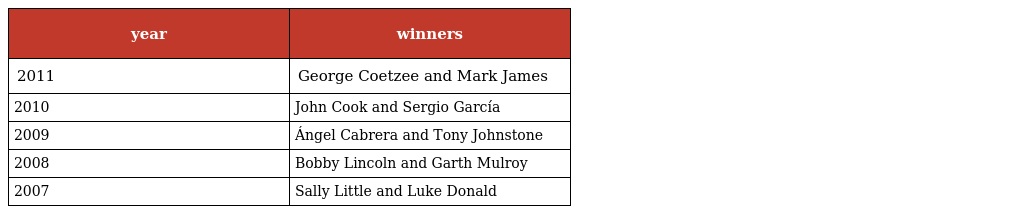
| year | winners |
 | --- | --- |
 | 2011 | George Coetzee and Mark James |
 | 2010 | John Cook and Sergio García |
 | 2009 | Ángel Cabrera and Tony Johnstone |
 | 2008 | Bobby Lincoln and Garth Mulroy |
 | 2007 | Sally Little and Luke Donald |